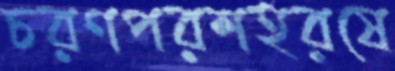
চরণপরশহরষে